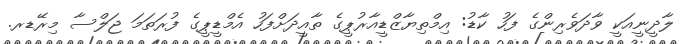
ލާދީނީއަކީ ވާދަވެރިންގެ ފަހު ކާޑު: އިމްތިޔާޒްޑީއާރުޕީގެ ތާއީދަށްފަހު އެމްޑީޕީގެ ފުރަތަމަ ޖަލްސާ މިރޭޑރ.